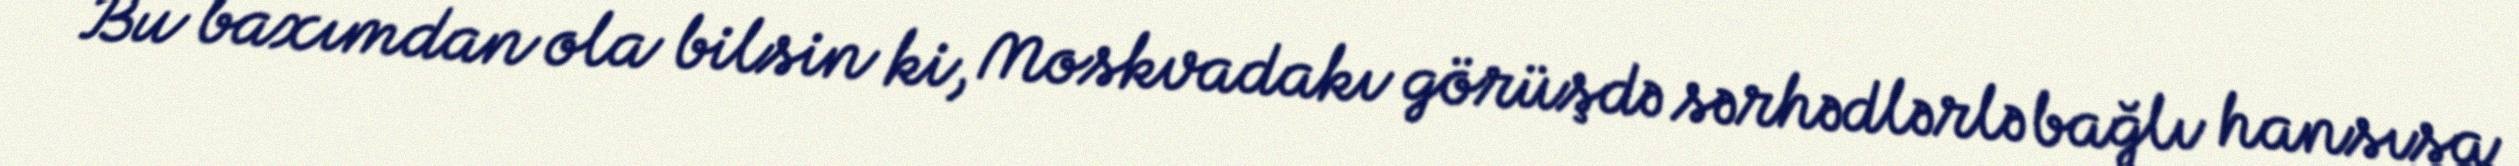
Bu baxımdan ola bilsin ki, Moskvadakı görüşdə sərhədlərlə bağlı hansısa